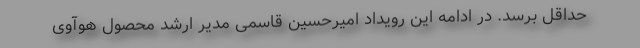
حداقل برسد. در ادامه این رویداد امیرحسین قاسمی مدیر ارشد محصول هوآوی